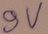
Text: 9V